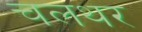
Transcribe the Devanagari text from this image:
चलथर